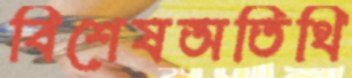
বিশেষঅতিথি